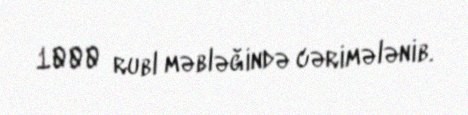
1000 rubl məbləğində cərimələnib.